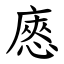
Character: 㥷